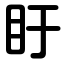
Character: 盱